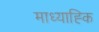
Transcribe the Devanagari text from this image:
माध्याह्कि